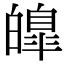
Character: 皥